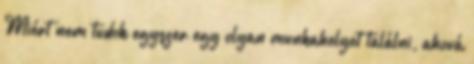
Miért nem tudok egyszer egy olyan munkahelyet találni, ahová